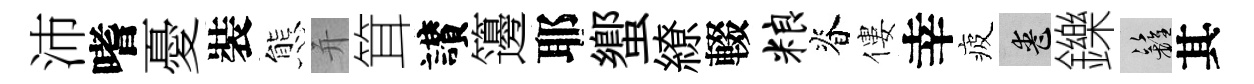
沛嗜憂裝態并䇯讃籩耶蠁繚輟粮脊僂幸疲喪鑠籬其